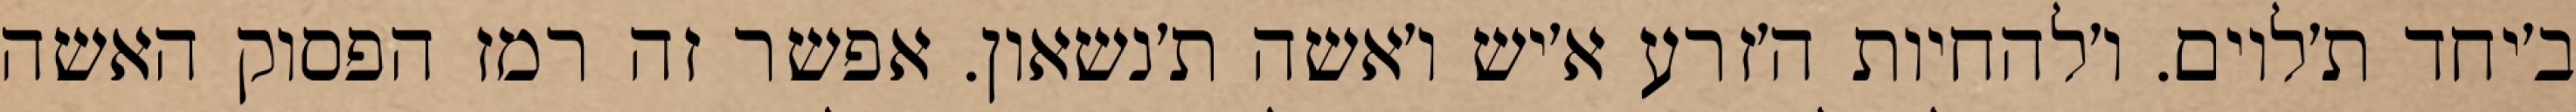
ב׳יחד ת׳לוים. ו׳להחיות ה׳זרע א׳יש ו׳אשה ת׳נשאון. אפשר זה רמז הפסוק האשה